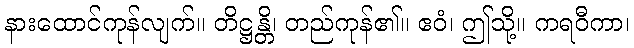
နားထောင်ကုန်လျက်။ တိဋ္ဌန္တိ၊ တည်ကုန်၏။ ဧဝံ၊ ဤသို့။ ကရဝီကာ၊